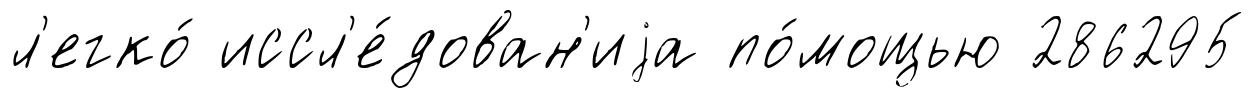
л'егко́ иссл'е́дован'иjа по́мощью 286295